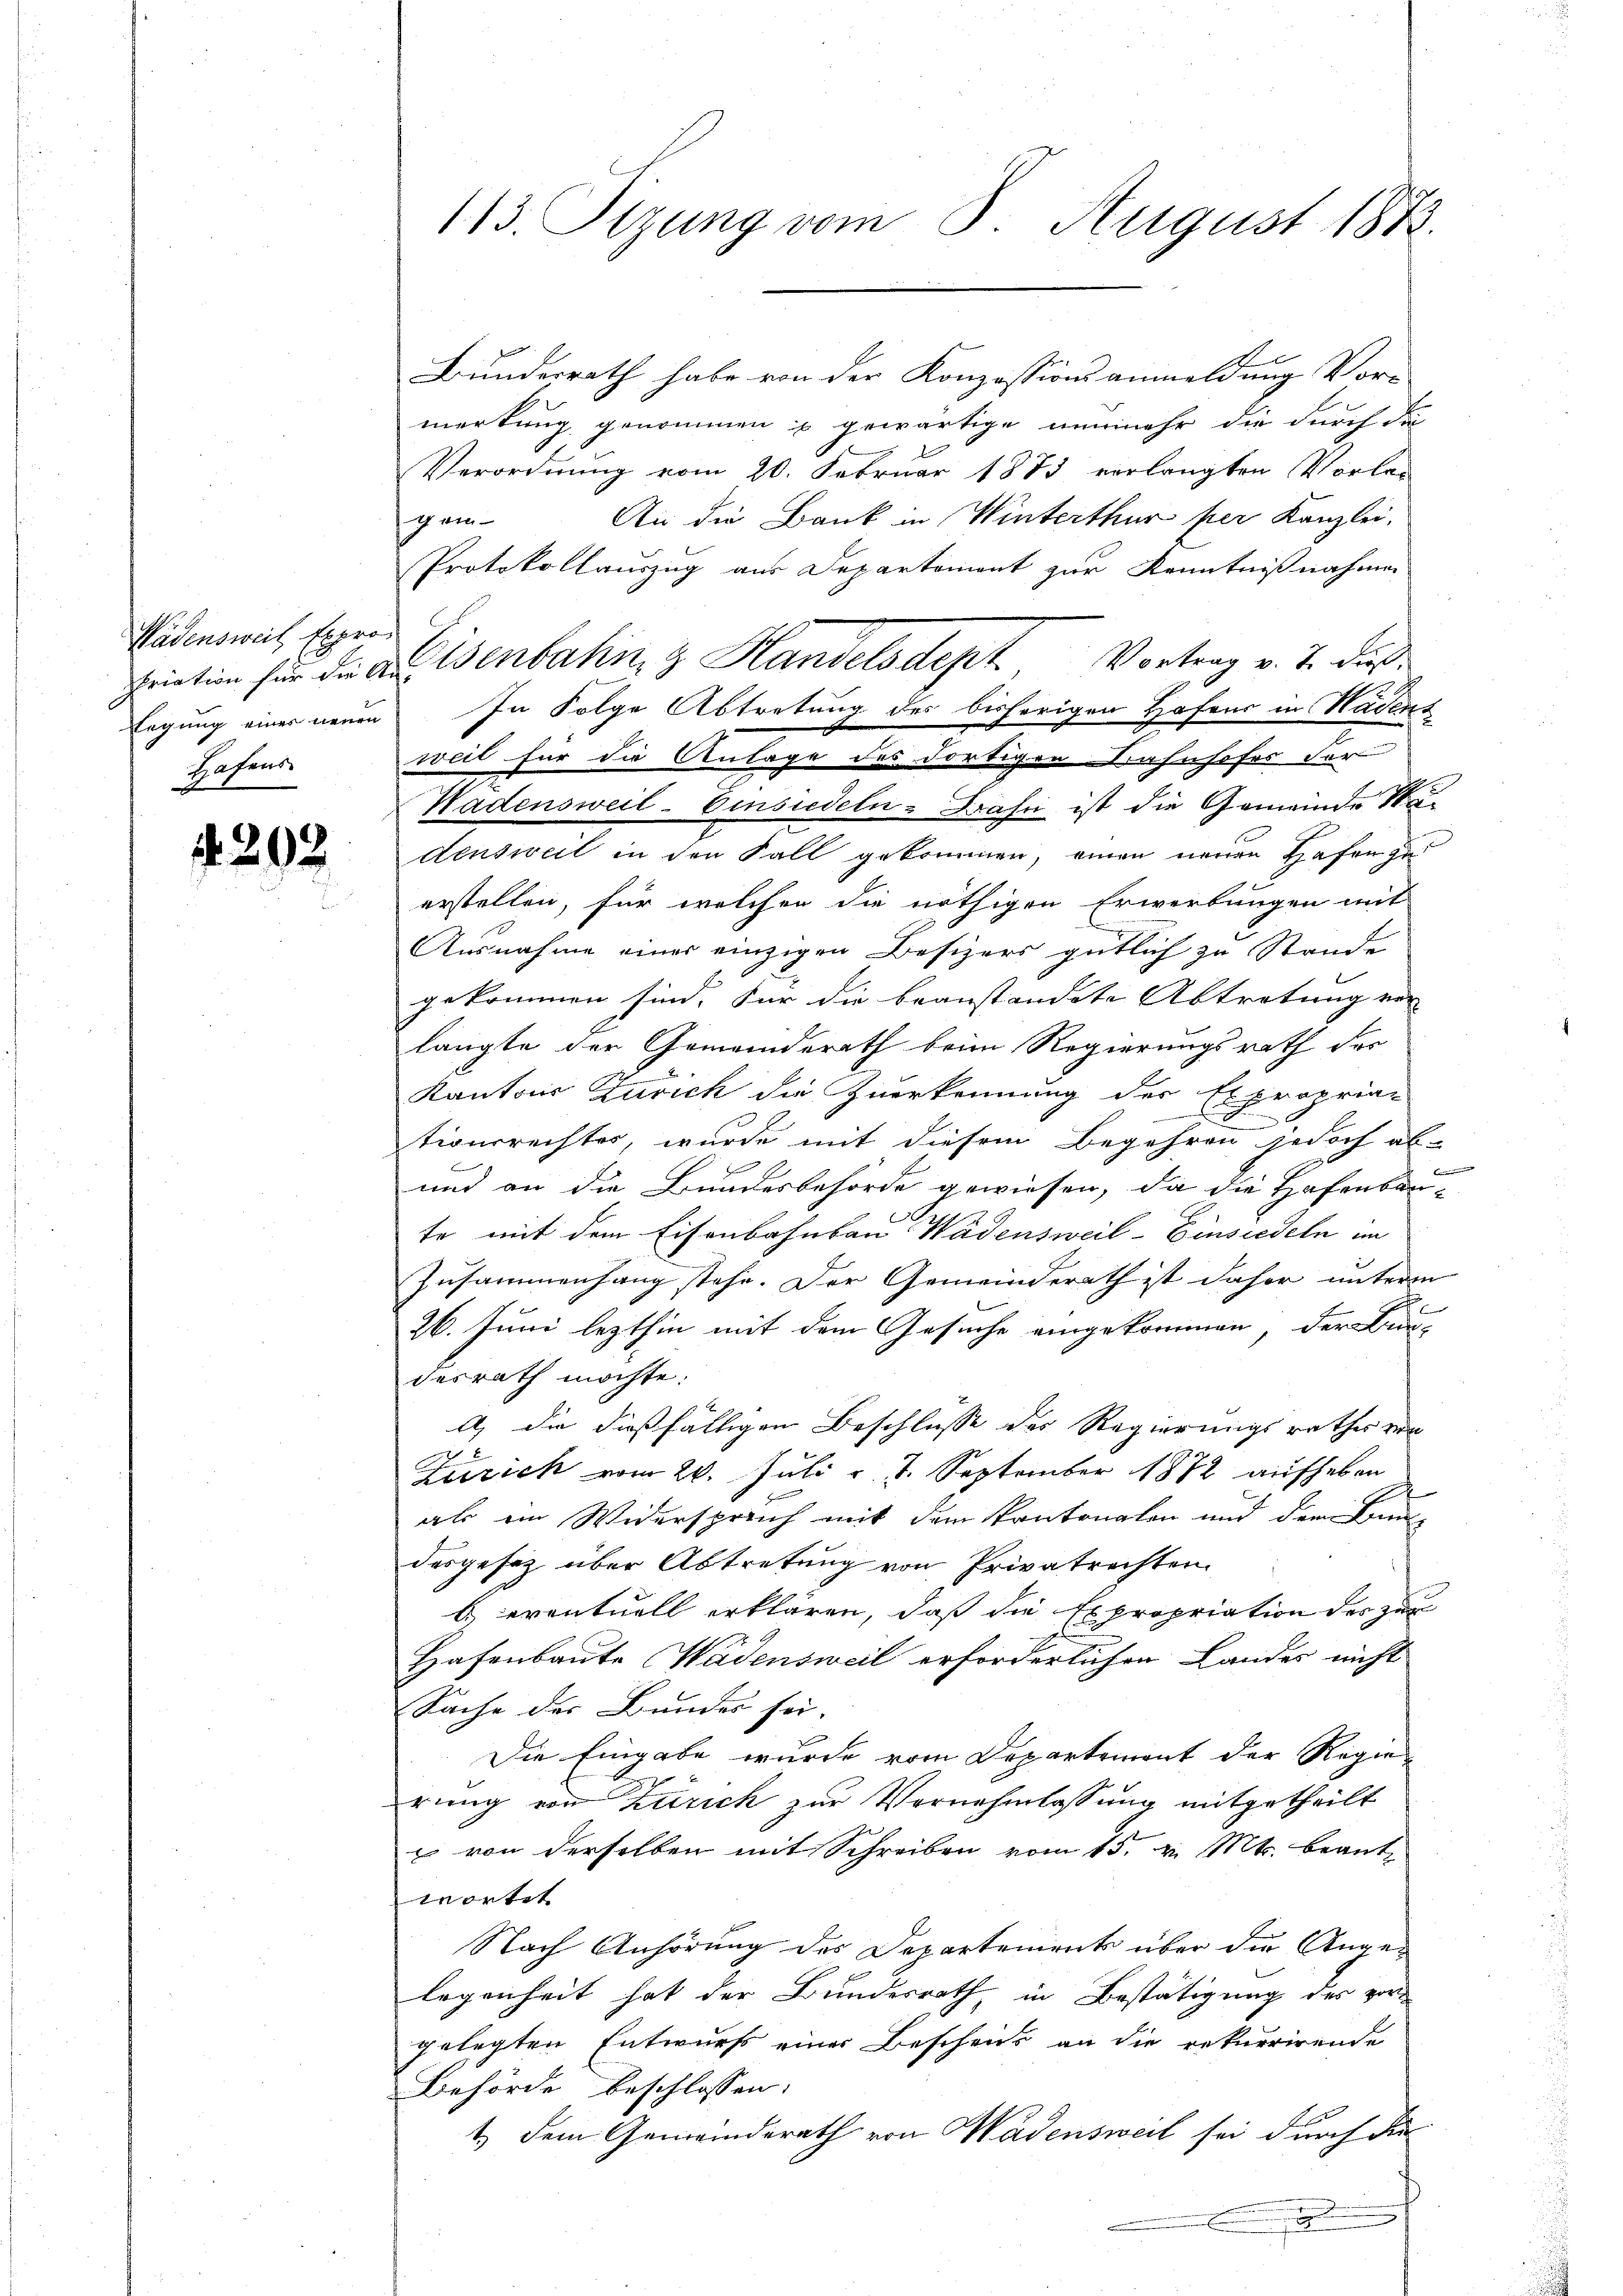
Wädensweil, Exproriation für die An¬
Regung eines neuen
Hafens

4292

113. Sizung vom 8. August 1882.

Bundesrath habe von der Konzessionsanmeldung Vor-
merkung genommen u gewärtige nunmehr die durch die
Verordnung vom 20. Februar 1883 verlangten Vorla¬
An die Bank in Winterthur per Kanzlei,
gen
Protokollauszug aus Departement zur Kenntnißnahmen
Eisenbahn & Handelsdept Vortrag v. 2. dieß
In Folge Abtretung des bisherigen Hofens in Hadens
weil für die Anlage des dortigen Bahnhofes der
Hadensweil–Einsiedeln-Grafe ist die Gemeinde Wadensweil in den Fall gekommen, einen neuen Hafen zu
erstellen, für welchen die nöthigen Erwerbungen mit
Ausnahme einer einzigen Besizers gütlich zu Stande
gekommen sind. Für die beanstandete Abtretung ver-
langte der Gemeinderath beim Regierungsrath des
Kantons Zürich die Zuerkennung des Expropria-
x
und
tionsrechtes, wurde mit diesem Begehren jedoch ab-
B
und an die Bundesbehörde gewiesen, da die Hafenbaute mit dem Eisenbahnbau Wädensweil–Einsiedeln im
Zusammenhang stehe. Der Gemeinderath ist daher unterm
26. Juni lezthin mit dem Gesuche eingekommen, der Bur-
desrath möchte:
A) die dießfälligen Beschlusse des Regierungsrathes von
Zürich vom 20. Juli v. 4. September 1872 aufheben
abs ein Widersprech mit dem Kantonalen und dem Bau
desgesetz über Abtretung von Privatrechten
 eventuell erklären, daß die Expropriation der zur
Hafenbaute Wädensweil erforderlichen Landes nicht
Sache der Bundes sei.
Die Eingabe wurde vom Departement der Regierung von Zürich zur Vornehmlassung mitgetheilt
u von derselben mit Schreiben vom 15. v. Mts. beantwortet
Nach Anhörung des Departements über die Angelegenheit hat der Bundesrath, in Bestätigung des vor
gelegten Entwurfs einer Beschens an die rekurrirende
Behörde beschlossen:
1.) Dem Gemeinderath von Wadensweil sei durch die
d